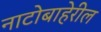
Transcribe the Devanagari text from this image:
नाटोबाहेरील